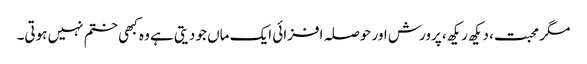
مگر محبت، دیکھ ریکھ، پرورش اور حوصلہ افزائی ایک ماں جو دیتی ہے وہ کبھی ختم نہیں ہوتی۔